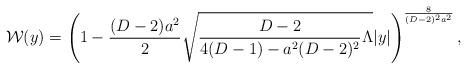
LaTeX: \begin{align*}{\cal W}(y)=\left(1-{{(D-2)a^2}\over 2}\sqrt{{{D-2}\over{4(D-1)-a^2(D-2)^2}}\Lambda}|y|\right)^{8\over{(D-2)^2a^2}},\end{align*}